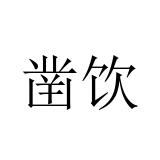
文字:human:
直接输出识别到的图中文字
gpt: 凿饮